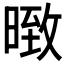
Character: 𭧇